38_143685_box_Incident_Summaries_101-172
Agency: Department of War
Page 128
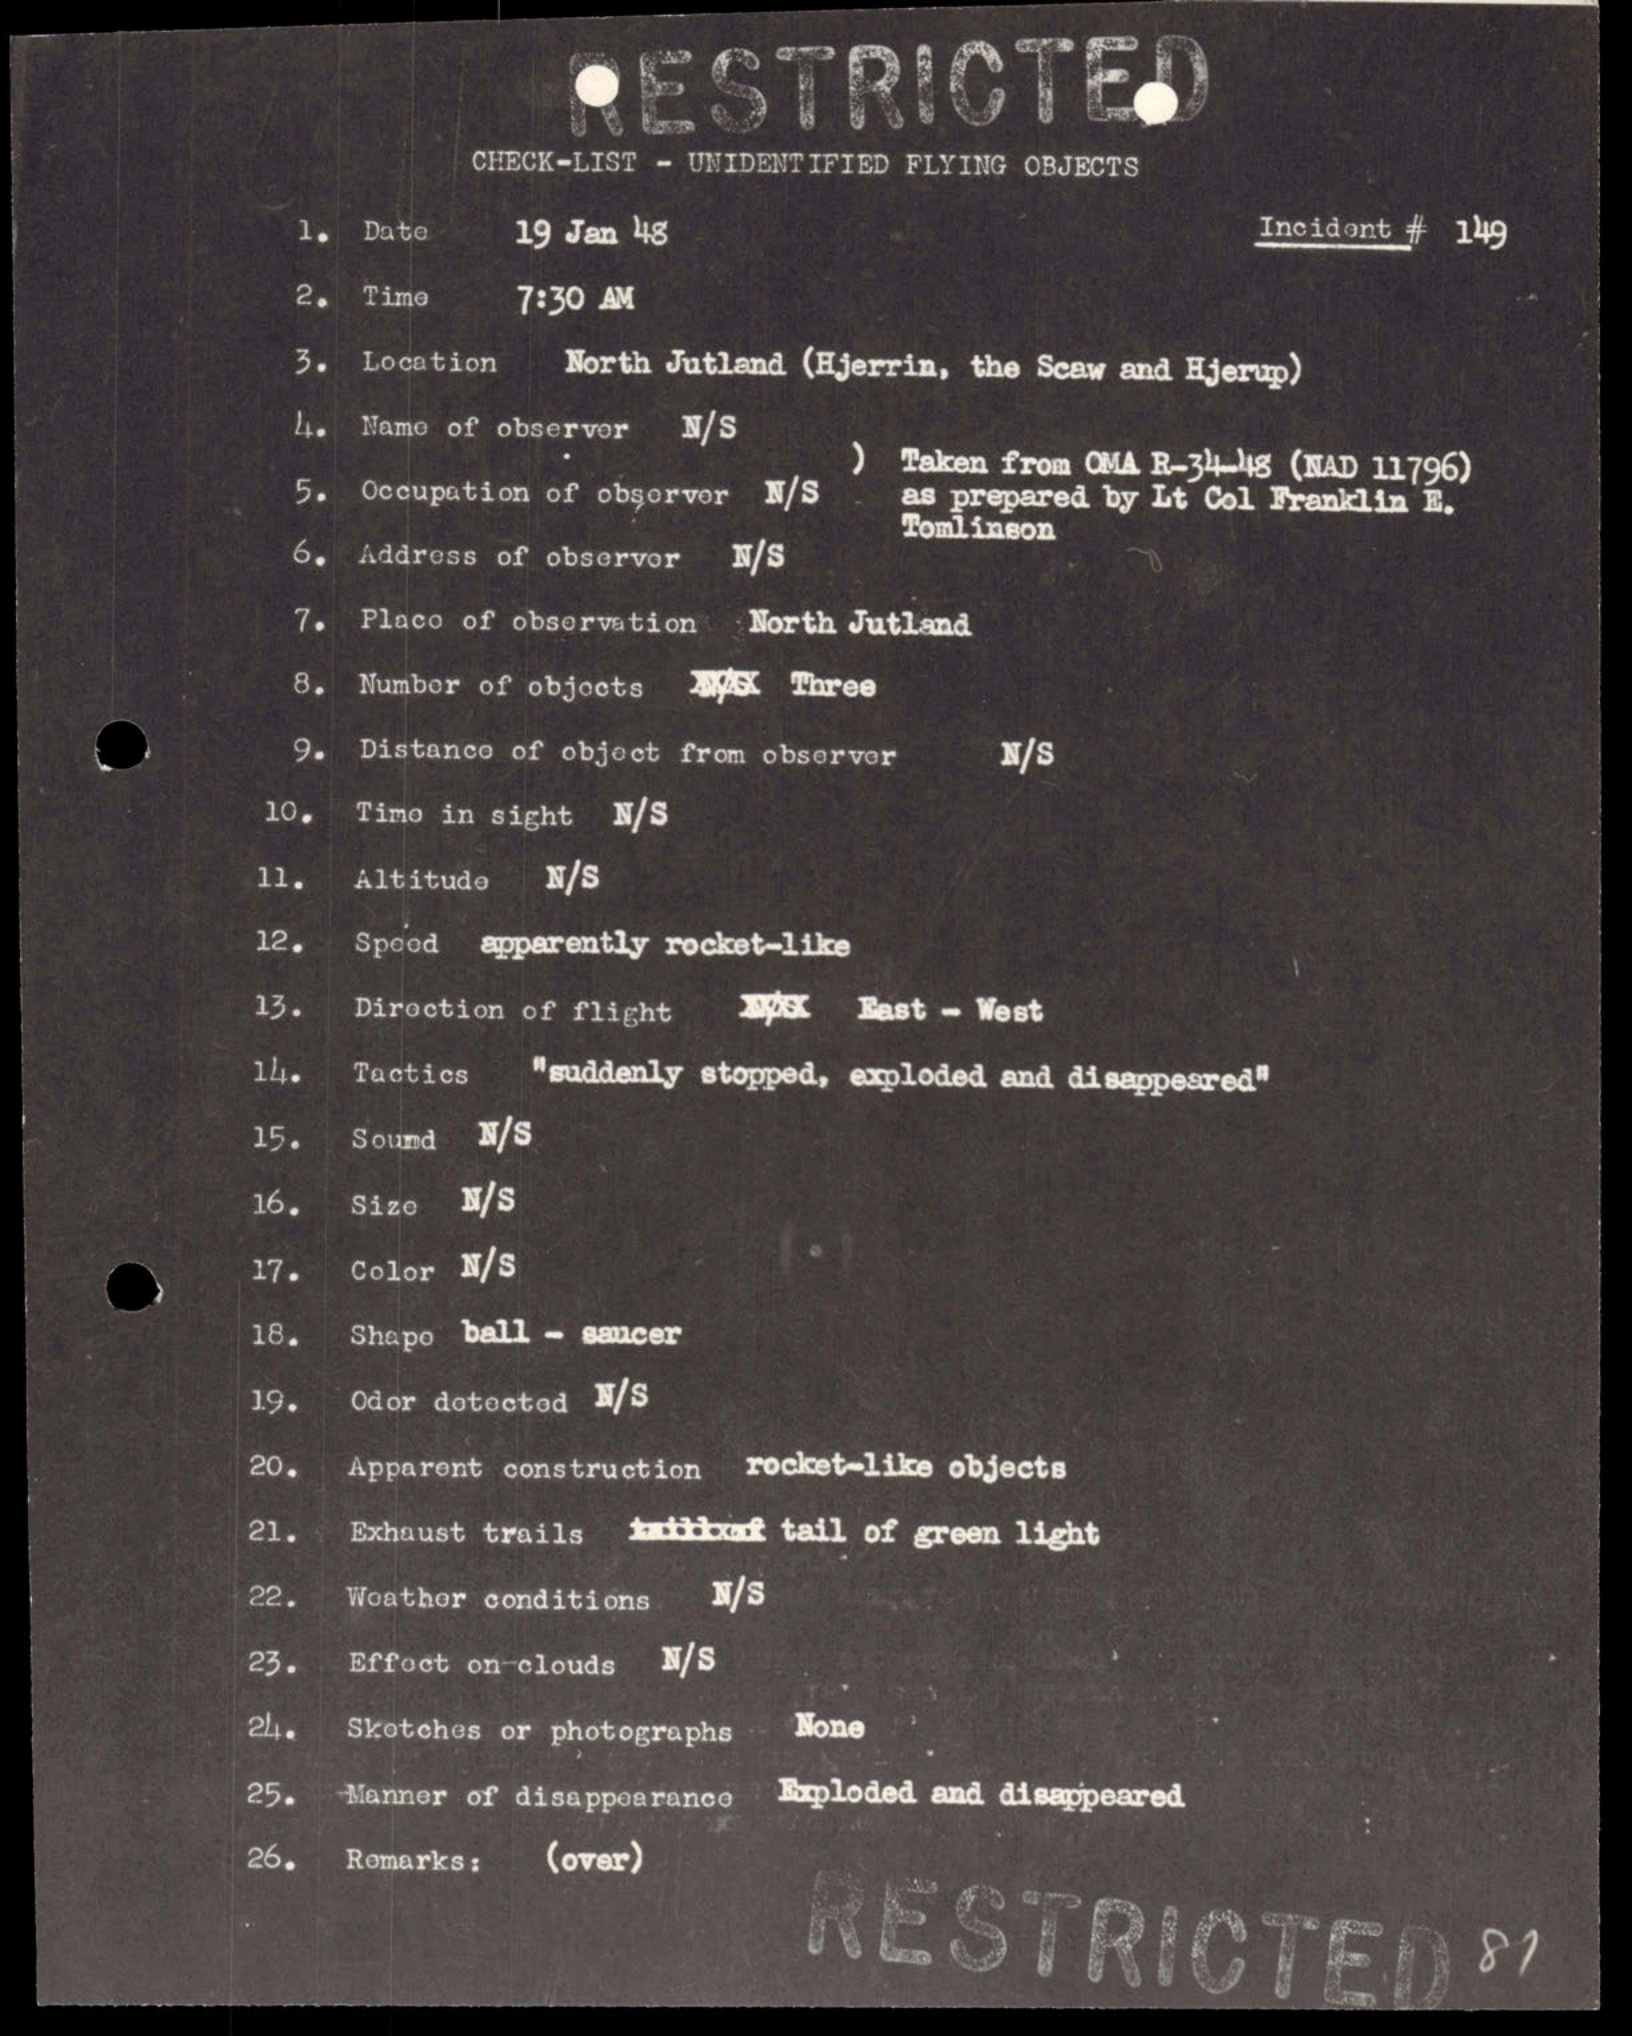